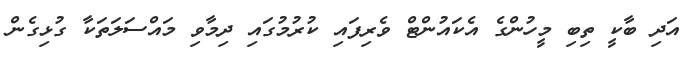
އަދި ބާކީ ތިބި މީހުންގެ އެކައުންޓް ވެރިފައި ކުރުމުގައި ދިމާވި މައްސަލަތަކާ ގުޅިގެން